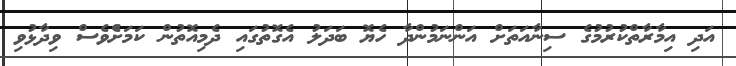
އަދި އިމާރާތްކުރުމުގެ ސިނާއަތަށް އަންނަމުންދާ ހެޔޮ ބަދަލު އެގޮތުގައި ދެމިއޮތުން ކަމަށެްވެސް ވިދާޅުވި